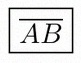
\overline{AB}